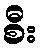
စီး